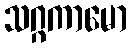
သဂ္ဂကာမော